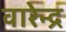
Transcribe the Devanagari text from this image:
वारेन्द्र